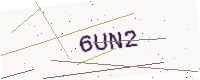
Text: 6UN2